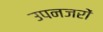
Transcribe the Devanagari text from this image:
उपनजरों